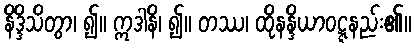
နိဒ္ဒိသိတွာ၊ ၍။ ဣဒါနိ၊ ၍။ တဿ၊ ထိုနန္ဒိယာဝဋ္ဋနည်း၏။